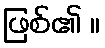
ဖြစ်၏ ။